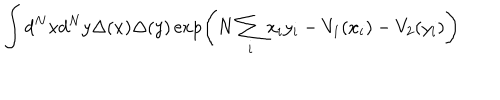
LaTeX: \int d ^ { N } x d ^ { N } y \Delta ( x ) \Delta ( y ) \exp \left( N \sum _ { i } x _ { i } y _ { i } - V _ { 1 } ( x _ { i } ) - V _ { 2 } ( y _ { i } ) \right)